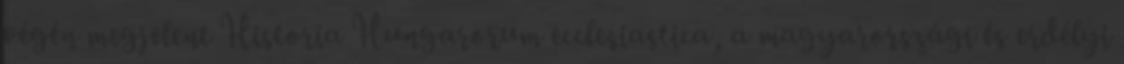
végén megjelent Historia Hungarorum ecclesiastica, a magyarországi és erdélyi